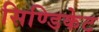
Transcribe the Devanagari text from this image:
सिण्डिकेट